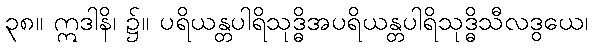
၃၈။ ဣဒါနိ၊ ၌။ ပရိယန္တပါရိသုဒ္ဓိအပရိယန္တပါရိသုဒ္ဓိသီလဒွယေ၊